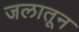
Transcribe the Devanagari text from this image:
जलातून